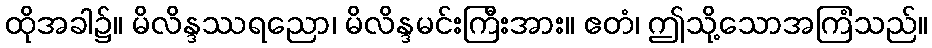
ထိုအခါ၌။ မိလိန္ဒဿရညော၊ မိလိန္ဒမင်းကြီးအား။ ဧတံ၊ ဤသို့သောအကြံသည်။